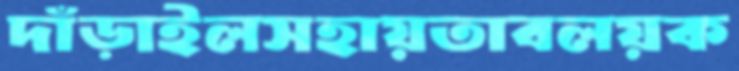
দাঁড়াইলসহায়তাবলয়ক